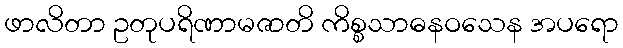
ဖာလိတာ ဥတုပရိဏာမဇာတိ ကိစ္စသာဓနဝသေန အပရော